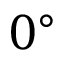
0 ^ { \circ }